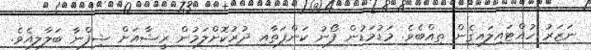
ނަޒަރު ހުއްޓައިލައިގެން ތިއްބެވެ. މަޑުމަޑުން ފޯނު ކަންފަތާއި ދުރުކޮށްލަަމުން ރީޝާއަށް ޝިފްނާ ބަލާލިއެވެ.